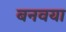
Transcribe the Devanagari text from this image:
बनवया